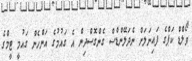
ވޯލްޑް ކަޕްގެ ފައިނަލަށް ނެދަލޭންޑްސް ގެންގޮސްދިން އެ ގައުމުގެ އަންހެން ގައުމީ ޓީމްގެ